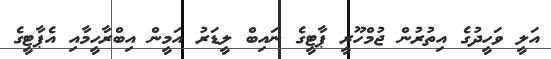
އަލީ ވަހީދުގެ އިތުރުން ޖުމްހޫރީ ޕާޓީގެ ނައިބް ލީޑަރު އަމީން އިބްރާހީމާއި އެޕާޓީގެ